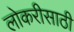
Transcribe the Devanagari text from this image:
लोकरीसाठी